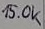
Text: 15.0k